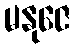
မနုဇေ